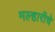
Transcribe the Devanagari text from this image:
मल्हारीचे